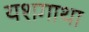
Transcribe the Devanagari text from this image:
यशगाथा